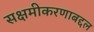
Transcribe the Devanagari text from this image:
सक्षमीकरणाबद्दल